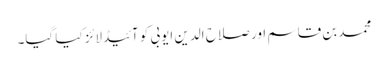
محمد بن قاسم اور صلاح الدین ایوبی کو آئیڈلائز کیا گیا۔